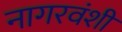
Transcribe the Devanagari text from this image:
नागरवंशी